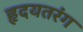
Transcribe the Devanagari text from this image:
हृदयतरंग